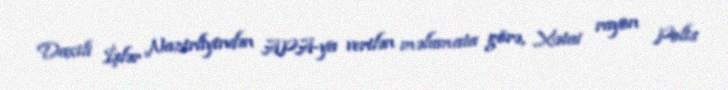
Daxili İşlər Nazirliyindən APA-ya verilən məlumata görə, Xətai rayon Polis